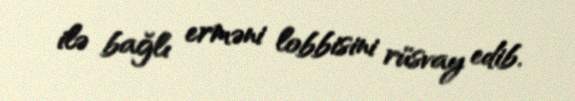
ilə bağlı erməni lobbisini rüsvay edib.